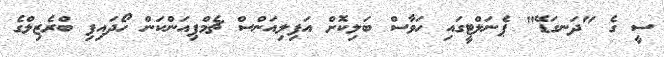
ސީ ގެ "ދަނގަޑޭ" ޕެނަލްޓީގައި ހަވާސް ބަލިކޮށް އަފިލިއަންސް ޗެމްޕިއަންކަން ހޯދައިފި ބްރެޒިލްގެ